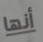
أنها